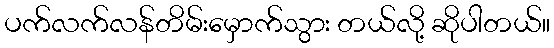
ပက်လက်လန်တိမ်းမှောက်သွား တယ်လို့ ဆိုပါတယ်။